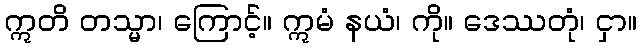
ဣတိ တသ္မာ၊ ကြောင့်။ ဣမံ နယံ၊ ကို။ ဒေဿတုံ၊ ငှာ။